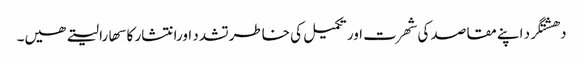
دھشتگرد اپنے مقاصد کی شھرت اور تکمیل کی خاطرتشدد اورانتشار کا سھارا لیتے ھیں۔